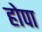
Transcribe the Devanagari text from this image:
होपा